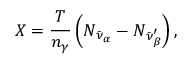
X = { \frac { T } { n _ { \gamma } } } \left( N _ { \bar { \nu } _ { \alpha } } - N _ { \bar { \nu } _ { \beta } ^ { \prime } } \right) ,